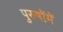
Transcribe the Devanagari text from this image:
पुरुषोंमें